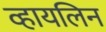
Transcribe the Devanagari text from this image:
व्हायलिन